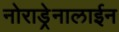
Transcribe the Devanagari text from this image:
नोराड्रेनालाईन